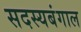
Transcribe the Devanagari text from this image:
सदस्यबंगाल